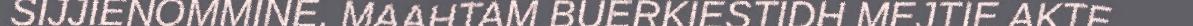
SIJJIENOMMINE. MAAHTAM BUERKIESTIDH MEJTIE AKTE